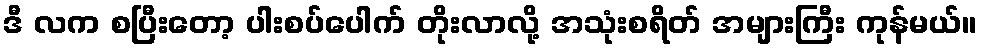
ဒီ လက စပြီးတော့ ပါးစပ်ပေါက် တိုးလာလို့ အသုံးစရိတ် အများကြီး ကုန်မယ်။